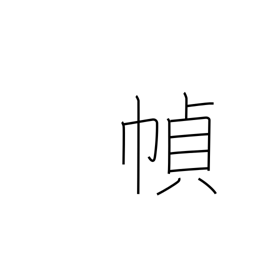
Meaning: making books or scrolls